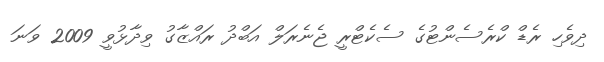
ދިވެހި ރެޑް ކްރެސެންޓުގެ ސެކެޓްރީ ޖެނެރަލް އަބްދު ރައްޒާގު ވިދާޅުވީ 2009 ވަނަ